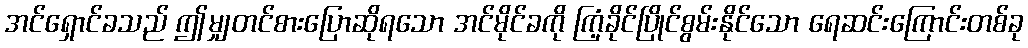
အင်ရှောင်ခသည် ဤမျှတင်စားပြောဆိုရသော အင်မိုင်ခကို ကြံ့ခိုင်ပြိုင်စွမ်းနိုင်သော ရေဆင်းကြောင်းတစ်ခု